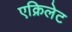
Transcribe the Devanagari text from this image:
एक्रिलेट